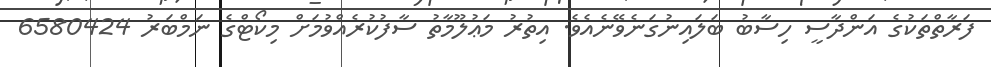
ފަރާތްތަކުގެ އަންދާސީ ހިސާބު ބަލައިނުގަނެވޭނެއެވެ. އިތުރު މަޢުލޫމާތު ސާފުކުރެއްވުމަށް މިކޯޓްގެ ނަމްބަރު 6580424